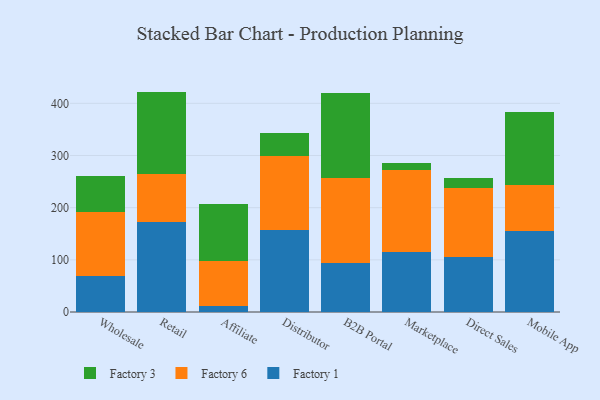
{"axis": {"x": "Channel", "y": "LTV (USD)"}, "legend": ["Factory 1", "Factory 3", "Factory 6"], "data": [{"x": "Wholesale", "y": 69.1, "type": "Factory 1"}, {"x": "Wholesale", "y": 122.5, "type": "Factory 6"}, {"x": "Wholesale", "y": 68.9, "type": "Factory 3"}, {"x": "Retail", "y": 172.1, "type": "Factory 1"}, {"x": "Retail", "y": 91.8, "type": "Factory 6"}, {"x": "Retail", "y": 158.6, "type": "Factory 3"}, {"x": "Affiliate", "y": 11.2, "type": "Factory 1"}, {"x": "Affiliate", "y": 86.1, "type": "Factory 6"}, {"x": "Affiliate", "y": 109.5, "type": "Factory 3"}, {"x": "Distributor", "y": 156.9, "type": "Factory 1"}, {"x": "Distributor", "y": 142.1, "type": "Factory 6"}, {"x": "Distributor", "y": 44.1, "type": "Factory 3"}, {"x": "B2B Portal", "y": 94.6, "type": "Factory 1"}, {"x": "B2B Portal", "y": 163.1, "type": "Factory 6"}, {"x": "B2B Portal", "y": 162.2, "type": "Factory 3"}, {"x": "Marketplace", "y": 114.5, "type": "Factory 1"}, {"x": "Marketplace", "y": 158.2, "type": "Factory 6"}, {"x": "Marketplace", "y": 13.6, "type": "Factory 3"}, {"x": "Direct Sales", "y": 105.1, "type": "Factory 1"}, {"x": "Direct Sales", "y": 131.8, "type": "Factory 6"}, {"x": "Direct Sales", "y": 20.6, "type": "Factory 3"}, {"x": "Mobile App", "y": 155.0, "type": "Factory 1"}, {"x": "Mobile App", "y": 87.7, "type": "Factory 6"}, {"x": "Mobile App", "y": 139.8, "type": "Factory 3"}]}